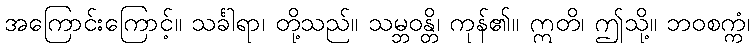
အကြောင်းကြောင့်။ သင်္ခါရာ၊ တို့သည်။ သမ္ဘဝန္တိ၊ ကုန်၏။ ဣတိ၊ ဤသို့။ ဘဝစက္ကံ၊